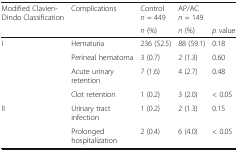
<table><thead><tr><td rowspan="2"><b>Modified Clavien-Dindo Classification</b></td><td rowspan="2"><b>Complications</b></td><td><b>Control<i>n</i> = 449</b></td><td><b>AP/AC<i>n</i> = 149</b></td><td></td></tr><tr><td><b><i>n</i> (%)</b></td><td><b><i>n</i> (%)</b></td><td><b><i>p</i> value</b></td></tr></thead><tbody><tr><td rowspan="4">I</td><td>Hematuria</td><td>236 (52.5)</td><td>88 (59.1)</td><td>0.18</td></tr><tr><td>Perineal hematoma</td><td>3 (0.7)</td><td>2 (1.3)</td><td>0.60</td></tr><tr><td>Acute urinary retention</td><td>7 (1.6)</td><td>4 (2.7)</td><td>0.48</td></tr><tr><td>Clot retention</td><td>1 (0.2)</td><td>3 (2.0)</td><td>&lt; 0.05</td></tr><tr><td>II</td><td>Urinary tract infection</td><td>1 (0.2)</td><td>2 (1.3)</td><td>0.15</td></tr><tr><td></td><td>Prolonged hospitalization</td><td>2 (0.4)</td><td>6 (4.0)</td><td>&lt; 0.05</td></tr></tbody></table>